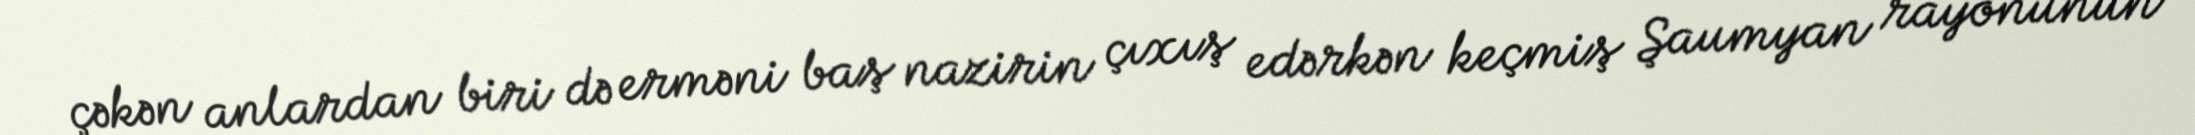
çəkən anlardan biri də erməni baş nazirin çıxış edərkən keçmiş Şaumyan rayonunun